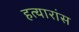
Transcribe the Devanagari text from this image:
हत्यारांस